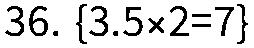
36. {3.5×2=7}